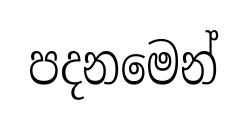
පදනමෙන්